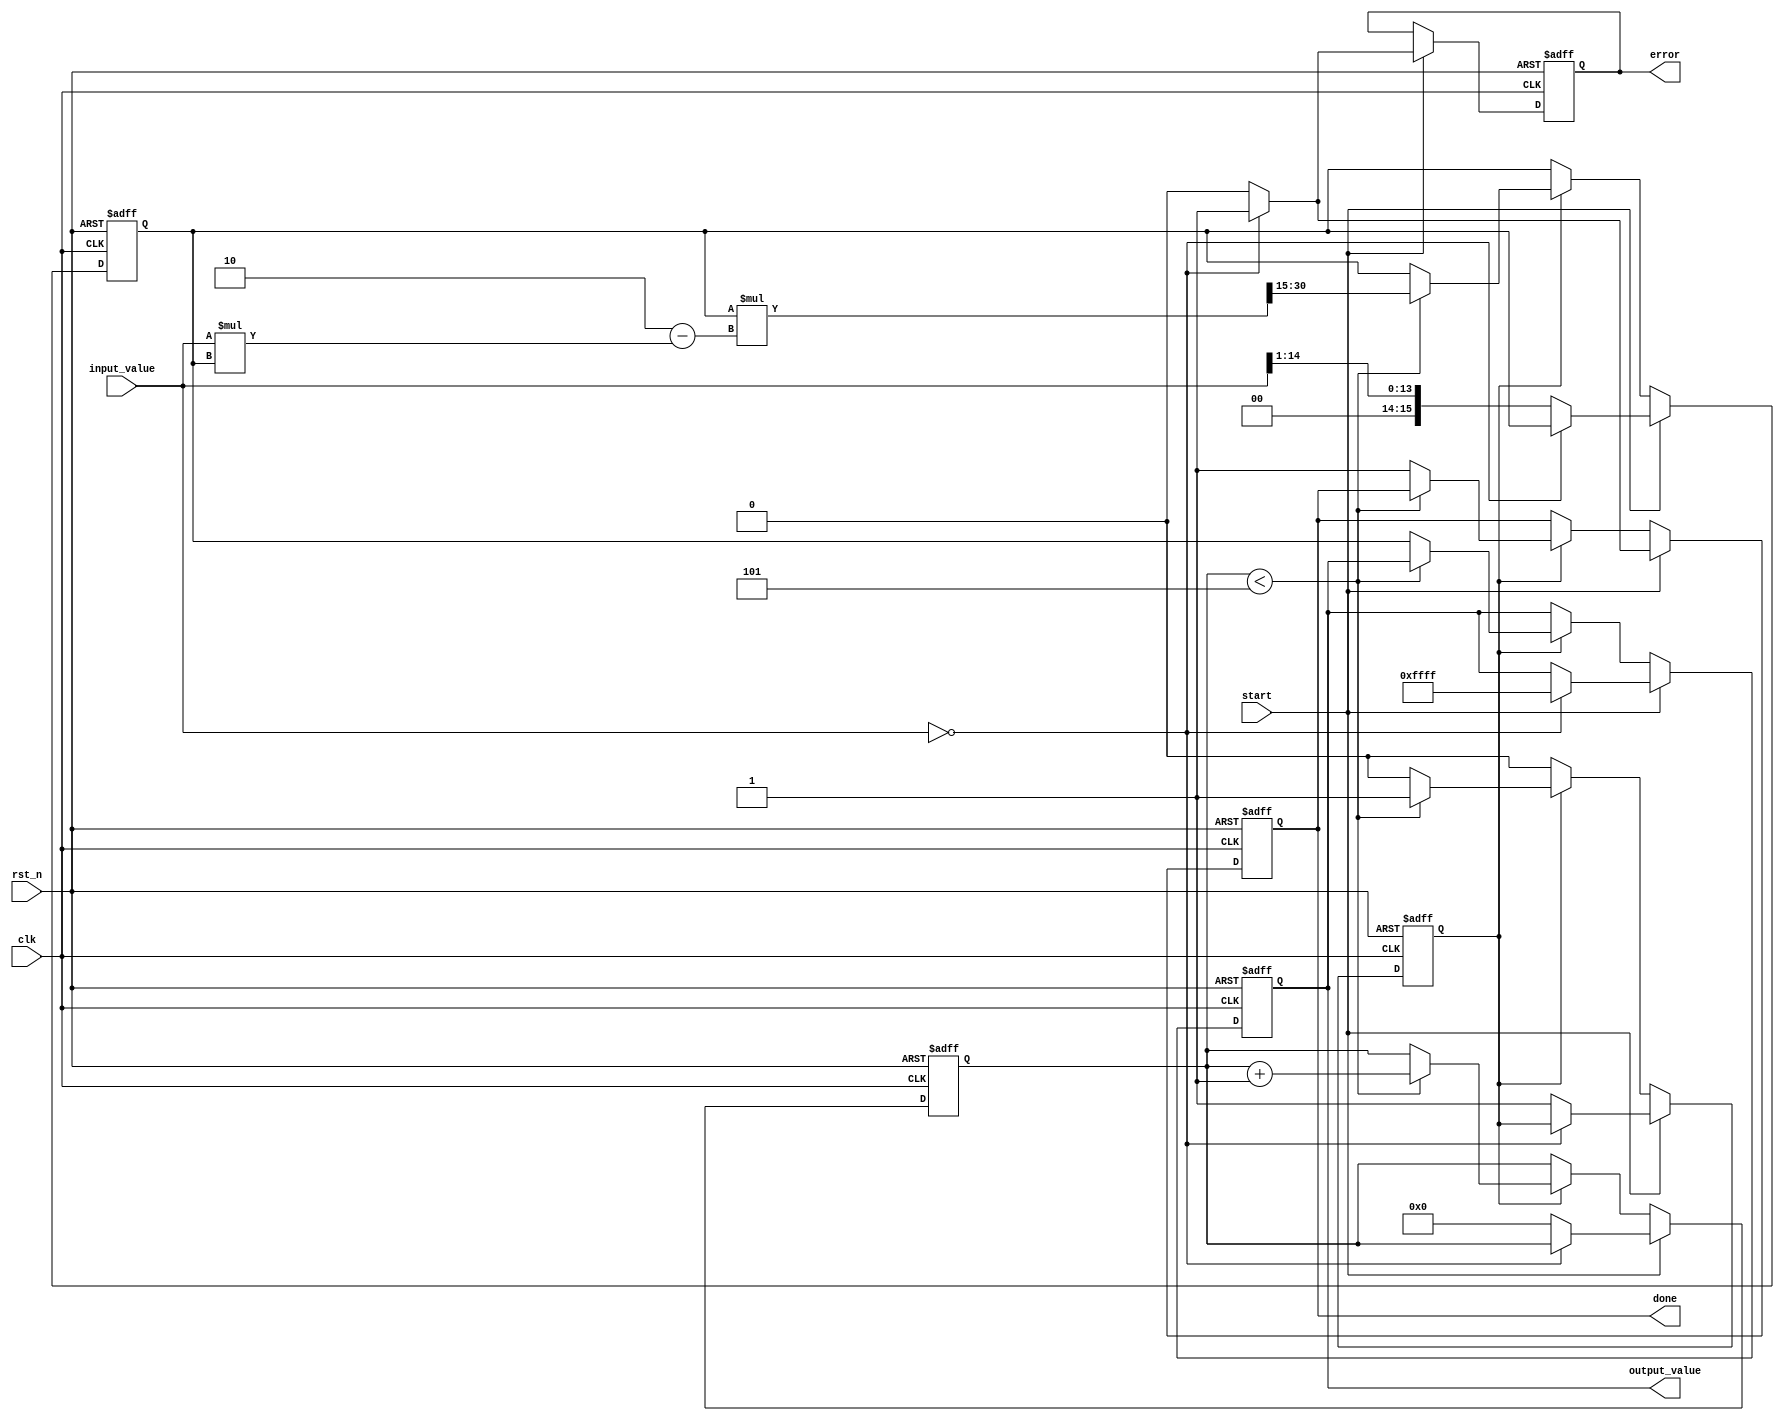
module ReciprocalUnit (
    input wire clk,
    input wire rst_n,
    input wire start,
    input wire [15:0] input_value, // Fixed-point input (0 to 1)
    output reg [15:0] output_value, // Fixed-point reciprocal output
    output reg done,
    output reg error
);

    // Parameters
    parameter MAX_ITERATIONS = 5;
    parameter FIXED_POINT_FRACTIONAL_BITS = 15; // Assuming 1 bit for integer part
    parameter MAX_VALUE = 16'hFFFF; // Maximum representable value for 16-bit fixed-point

    // Internal signals
    reg [15:0] approx; // Approximation of reciprocal
    reg [3:0] iteration_count; // Iteration counter
    reg calculating; // State of calculation

    // State machine for handling the reciprocal calculation
    always @(posedge clk or negedge rst_n) begin
        if (!rst_n) begin
            output_value <= 0;
            done <= 0;
            error <= 0;
            approx <= 0;
            iteration_count <= 0;
            calculating <= 0;
        end else begin
            if (start) begin
                // Handle zero input case
                if (input_value == 0) begin
                    output_value <= MAX_VALUE; // Output maximum value for zero input
                    done <= 1;
                    error <= 1; // Indicate error for zero input
                end else begin
                    // Initialize for calculation
                    approx <= {1'b0, input_value[14:1]}; // Initial approximation (1 / input_value)
                    iteration_count <= 0;
                    calculating <= 1;
                    done <= 0;
                    error <= 0;
                end
            end else if (calculating) begin
                // Perform Newton-Raphson iterations
                if (iteration_count < MAX_ITERATIONS) begin
                    approx <= approx * (2 - input_value * approx) >> 15; // Update approximation
                    iteration_count <= iteration_count + 1;
                end else begin
                    // Final output after iterations
                    output_value <= approx;
                    done <= 1;
                    calculating <= 0;
                end
            end
        end
    end

endmodule